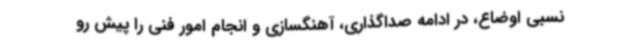
نسبی اوضاع، در ادامه صداگذاری، آهنگسازی و انجام امور فنی را پیش رو